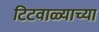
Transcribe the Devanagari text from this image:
टिटवाळ्याच्या